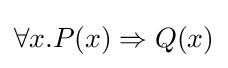
\forall x.P(x)\Rightarrow Q(x)